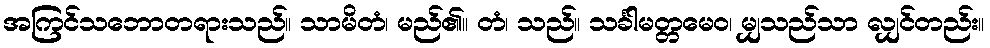
အကြင်သဘောတရားသည်။ သာမိတံ၊ မည်၏။ တံ၊ သည်။ သင်္ခါမတ္တမေဝ၊ မျှသည်သာ လျှင်တည်း။